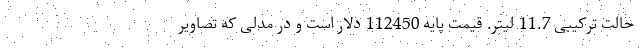
حالت ترکیبی 11.7 لیتر. قیمت پایه 112450 دلار است و در مدلی که تصاویر